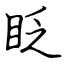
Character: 眨